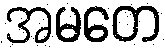
အမတေ